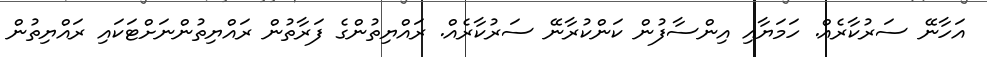
އަހާނޭ ސަރުކާރެއް. ހަމަޔާއި އިންސާފުން ކަންކުރާނޭ ސަރުކާރެއް. ރައްޔިތުންގެ ފަރާތުން ރައްޔިތުންނަށްޓަކައި ރައްޔިތުން